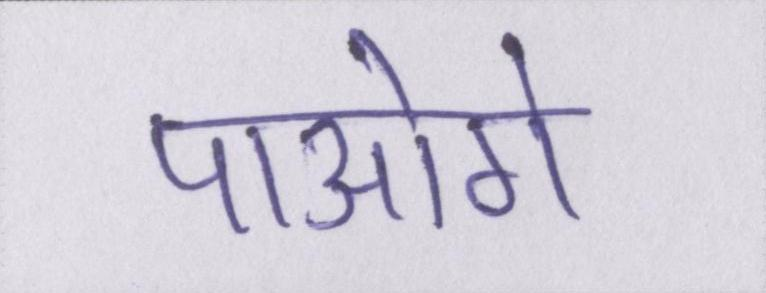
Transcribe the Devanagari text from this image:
पाओगे